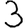
Digit: 3